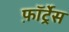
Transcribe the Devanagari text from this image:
फ़ॉर्ट्रेस